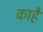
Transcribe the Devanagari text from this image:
काहैं